Vaccination Hyderabad 1890-1903 - 1890-1903
Year: 1890
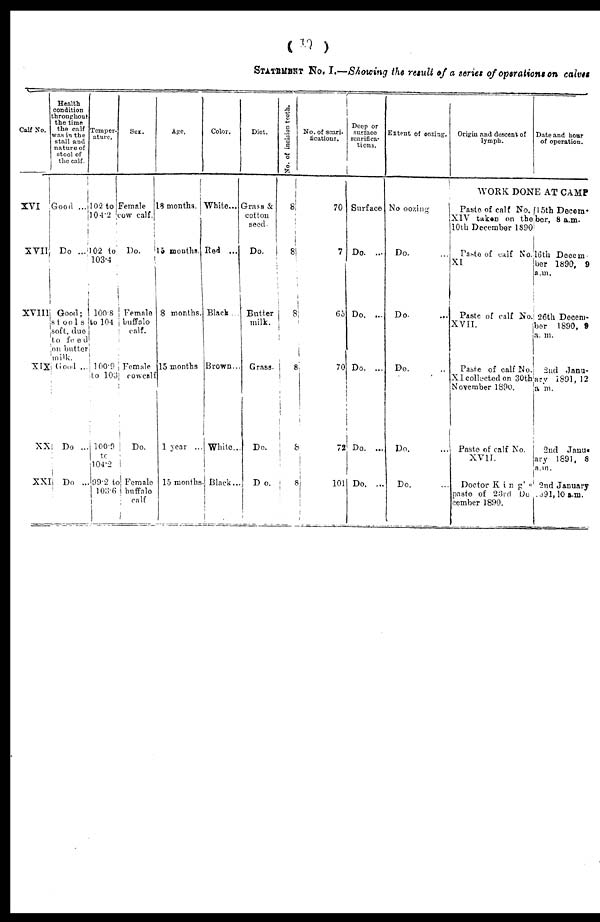
(10 )
STATEMENT NO. I.—Showing the result of a series of operations on calves
Calf No.
XVI
XVII
XVIII
XIX
XX
XXI
Health
condition
throughout
the time
the calf
was in the
stall and
nature of
stool of
the calf.
Good ...
Do ...
Good;
stools
soft, duo
to feed
on butter
milk.
Good ...
Do ...
Do ...
Temper-
ature.
102 to
104.2
102 to
103.4
100.8
to 104
100.9
to 103
100.9
to
104.2
99.2 to
103.6
Sex.
Female
cow calf.
Do.
Female
buffalo
calf.
Female
cowcalf
Do.
Female
buffalo
calf
Age.
18 months.
15 months.
8 months.
15 months
1 year ...
15 months.
Color.
White...
Red ...
Black...
Brown...
White...
Black...
Diet.
Grass &
cotton
seed.
Do.
Butter
milk.
Grass.
Do.
Do.
No. of incision teeth.
8
8
8
8
8
8
No. of scari.
tications.
70
7
65
70
72
101
Deep or
suriace
scarifica-
tions.
Surface
Do. ...
Do. ...
Do. ...
Do. ...
Do. ...
Extent of oozing.
No oozing
Do.
Do. ...
Do. ...
Do. ...
Do. ...
Origin and descent of
lymph.
Date and hour
of operation.
WORK DONE AT CAMP
Paste of calf No.
XIV taken on the
10th December 1890
Paste of calf No.
XI
Paste of calf No.
XVII.
Paste of calf No.
XI collected on 30th
November 1890.
Paste of calf No.
XVII.
Doctor King's
paste of 23rd De-
cember 1890.
15th Decem-
ber, 8 a.m.
16th Decem-
ber 1890, 9
a.m.
26th Decem-
ber 1890, 9
a. m.
2nd Janu-
ary 1891, 12
a m.
2nd Janu-
ary 1891, 8
a.m.
2nd January
891,l0 a.m.